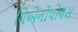
યિએનોપોલસ